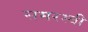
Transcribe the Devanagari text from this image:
समरस्बी